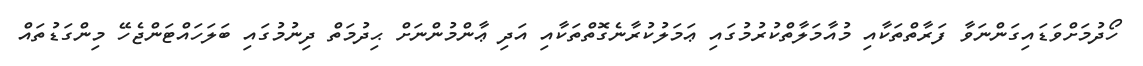
ހޯދުމަށްވަޑައިގަންނަވާ ފަރާތްތަކާއި މުއާމަލާތްކުރުމުގައި ޢަމަލުކުރާނެގޮތްތަކާއި އަދި ޢާންމުންނަށް ޙިދުމަތް ދިނުމުގައި ބަލަހައްޓަންޖެހޭ މިންގަޑުތައް